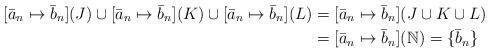
LaTeX: \begin{align*}[\bar{a}_n \mapsto \bar{b}_n](J) \cup [\bar{a}_n \mapsto \bar{b}_n](K) \cup [\bar{a}_n \mapsto \bar{b}_n](L) &= [\bar{a}_n \mapsto \bar{b}_n](J \cup K \cup L)\\&=[\bar{a}_n \mapsto \bar{b}_n](\mathbb{N}) = \{\bar{b}_n\}\end{align*}